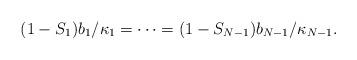
LaTeX: \begin{align*}(1-S_1) b_1 / \kappa_1 = \dots = (1-S_{N-1}) b_{N-1} / \kappa_{N-1}.\end{align*}